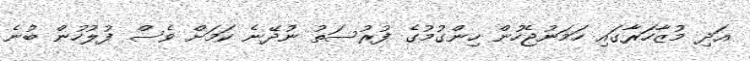
އަދި މުޒާހަރާގައި ހަމަނުޖެހުން ހިންގުމުގެ ފުރުސަތު ނުދޭނެ ކަމަށް ވެސް ފުލުހުން ބުނެ